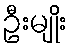
ဦးမျိုး